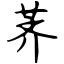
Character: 荠